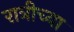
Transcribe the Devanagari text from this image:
रात्रीच्या